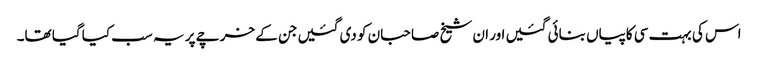
اس کی بہت سی کاپیاں بنائی گئیں اور ان شیخ صاحبان کو دی گئیں جن کے خرچے پر یہ سب کیا گیا تھا۔